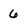
Character: 6